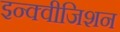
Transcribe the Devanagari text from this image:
इन्क्वीजिशन